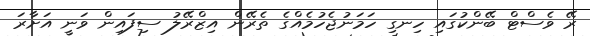
ރޭ ވެސްޓް ބޭންކުގައި ހިނގި ހަމަނުޖެހުމެއްގެ ތެރޭން އިޒްރޭލު ސިފައިން ވަނީ އަށާރަ